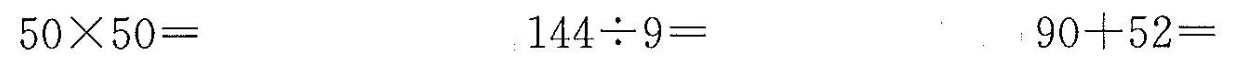
$$5 0 \times 5 0 =$$ $$1 4 4 \div 9 =$$ $$9 0 + 5 2 =$$